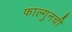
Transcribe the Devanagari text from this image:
फाल्गुनची